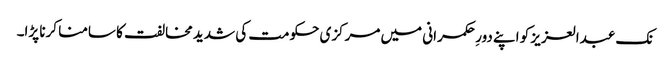
نک عبدالعزیز کو اپنے دورِ حکمرانی میں مرکزی حکومت کی شدید مخالفت کا سامنا کرنا پڑا۔